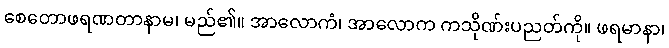
စေတောဖရဏတာနာမ၊ မည်၏။ အာလောကံ၊ အာလောက ကသိုဏ်းပညတ်ကို။ ဖရမာနာ၊